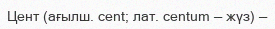
Цент (ағылш. cent; лат. centum — жүз) —